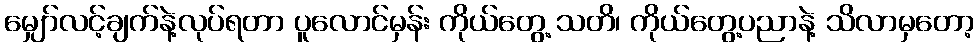
မျှော်လင့်ချက်နဲ့လုပ်ရတာ ပူလောင်မှန်း ကိုယ်တွေ့ သတိ၊ ကိုယ်တွေ့ပညာနဲ့ သိလာမှတော့